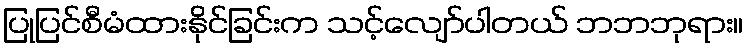
ပြုပြင်စီမံထားနိုင်ခြင်းက သင့်လျော်ပါတယ် ဘဘဘုရား။